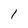
Character: 1